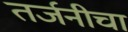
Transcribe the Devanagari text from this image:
तर्जनीचा